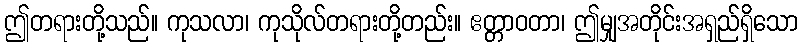
ဤတရားတို့သည်။ ကုသလာ၊ ကုသိုလ်တရားတို့တည်း။ ဧတ္တာဝတာ၊ ဤမျှအတိုင်းအရှည်ရှိသော